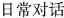
日常对话